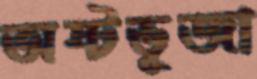
অষ্টভূজা